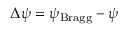
\Delta \psi = \psi _ { \mathrm { B r a g g } } - \psi